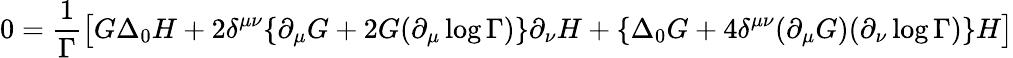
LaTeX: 0=\frac{1}{\Gamma}\big[G\Delta_{0}H+2\delta^{\mu\nu}\{ \partial_{\mu}G+2G(\partial_{\mu}\log\Gamma)\} \partial_{\nu}H+\{ \Delta_{0}G+4\delta^{\mu\nu}(\partial_{\mu}G)(\partial_{\nu}\log\Gamma)\} H\big]